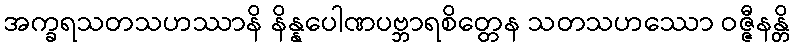
အက္ခရသတသဟဿာနိ နိန္နပေါဏပဗ္ဘာရစိတ္တေန သတသဟဿော ဝဇ္ဇီနန္တိ